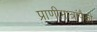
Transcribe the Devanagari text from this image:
प्राणीमात्रांपैकी